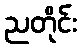
ညတိုင်း